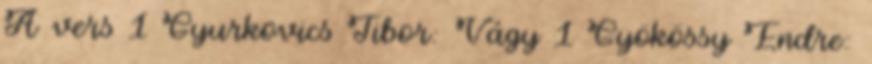
A vers 1 Gyurkovics Tibor: Vágy 1 Gyökössy Endre: